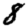
Digit: 8